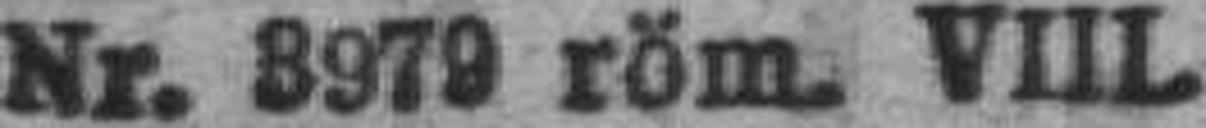
Nr. 3979 röm. VIII.